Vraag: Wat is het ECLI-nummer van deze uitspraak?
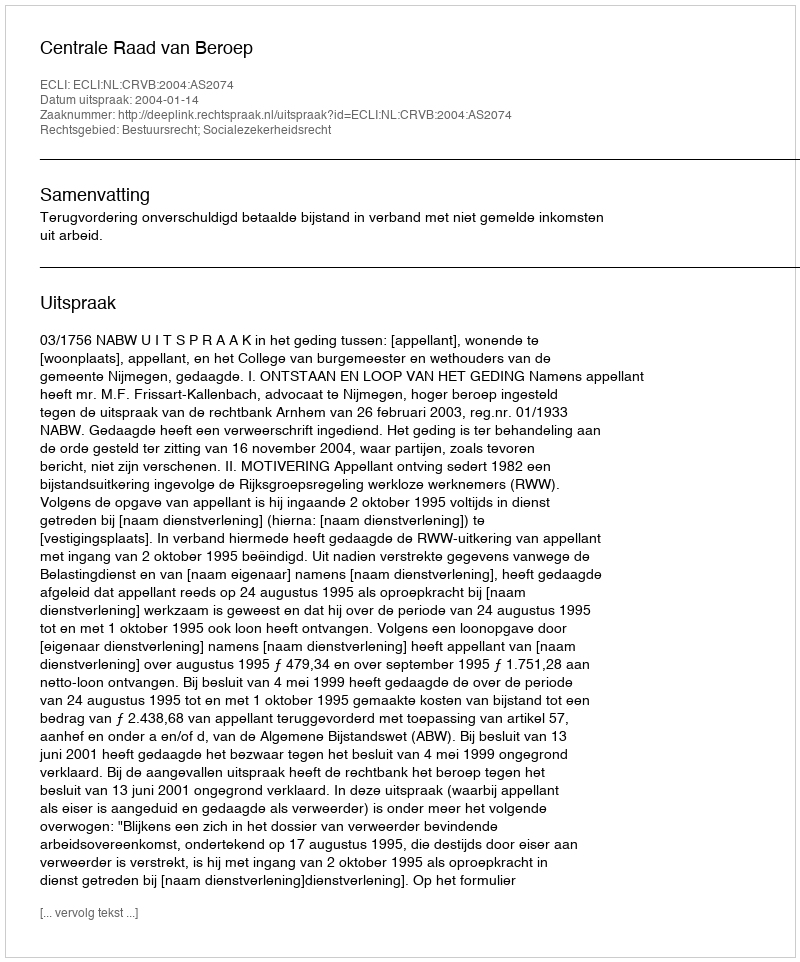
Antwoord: ECLI:NL:CRVB:2004:AS2074